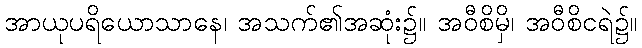
အာယုပရိယောသာနေ၊ အသက်၏အဆုံး၌။ အဝီစိမှိ၊ အဝီစိငရဲ၌။